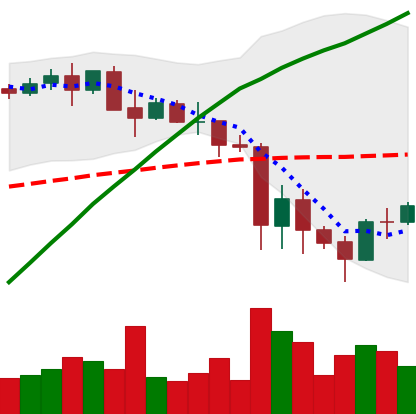
Ticker: BNB-USD
Chart end date: 2021-05-26
Forward return: -6.72%
Label: down_5_7